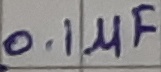
Text: 0.1µF